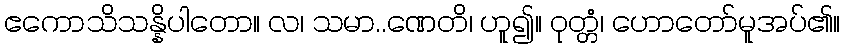
ဧကောသိသန္နိပါတော။ လ၊ သမာ..ဏေတိ၊ ဟူ၍။ ဝုတ္တံ၊ ဟောတော်မူအပ်၏။